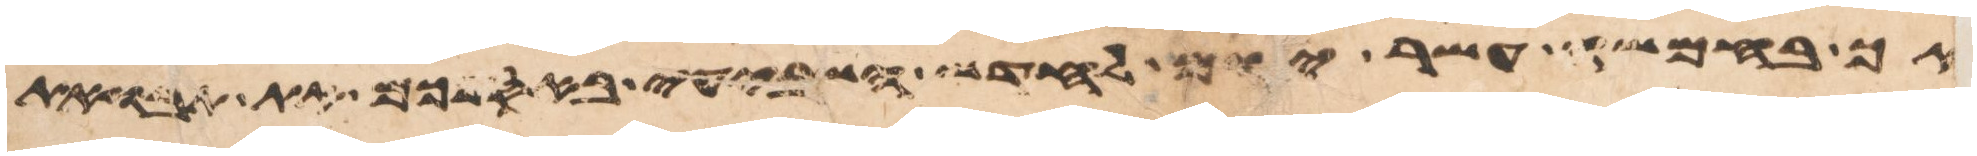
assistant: אך בחמשה עשר יום לחדש השביעי באספכם את תבואת